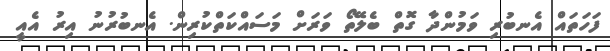
ފަހަތައް އެނބުރި ވަމުންދާ ގޮތް ބެލޭތޯ ވަރަށް މަސައްކަތްކުރިން. އެނބުރުނު އިރު އެއީ